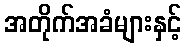
အတိုက်အခံများနှင့်